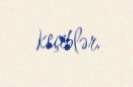
keçiblər.